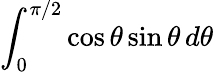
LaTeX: \int_{0}^{\pi/2}\cos\theta\sin\theta\, d\theta